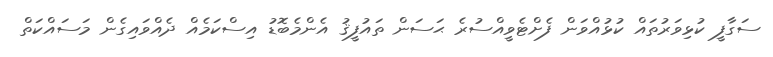
ސަގާފީ ކުޅިވަރުތައް ކުޅުއްވަން ފެށްޓެވީއްސުރެ ޙަސަން ތައުފީޤު އެންމެބޮޑު އިސްކަމެއް ދެއްވައިގެން މަސައްކަތް